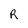
Character: R